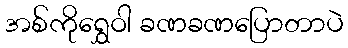
အစ်ကိုရွှေဝါ ခဏခဏပြောတာပဲ